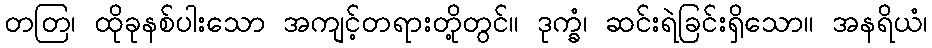
တတြ၊ ထိုခုနစ်ပါးသော အကျင့်တရားတို့တွင်။ ဒုက္ခံ၊ ဆင်းရဲခြင်းရှိသော။ အနရိယံ၊